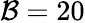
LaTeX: \mathcal{B}=20